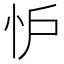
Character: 𢗼